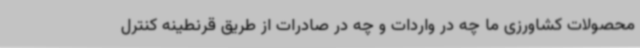
محصولات کشاورزی ما چه در واردات و چه در صادرات از طریق قرنطینه کنترل